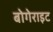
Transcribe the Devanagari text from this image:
बोगेराइट